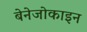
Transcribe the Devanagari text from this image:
बेनेजोकाइन